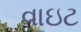
વાઇટ